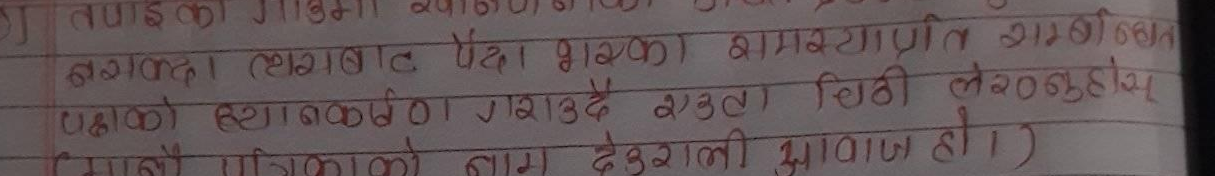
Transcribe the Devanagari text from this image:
तपाइका
नसक्दा त्यसबाट पैदा भएका समस्याप्रति सम्बन्धित
पक्षको ध्यानकर्षण गराउदै एउटा चिठी लेख्नुहोस्
(मानौ पत्रिकाको नाम देउराली आवाज हो ।)